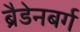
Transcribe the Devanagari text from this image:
ब्रैडेनबर्ग